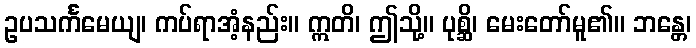
ဥပသင်္ကမေယျ၊ ကပ်ရာအံ့နည်း။ ဣတိ၊ ဤသို့။ ပုစ္ဆိ၊ မေးတော်မူ၏။ ဘန္တေ၊